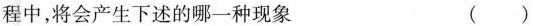
程中，将会产生下述的哪一种现象 ()